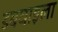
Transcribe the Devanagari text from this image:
डबघाइला